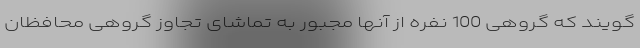
‌گویند که گروهی 100 نفره از آنها مجبور به تماشای تجاوز گروهیِ محافظان